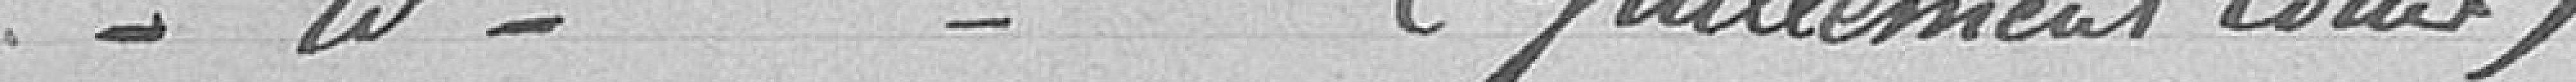
Demande de soutien de famille (Guillement Louis)